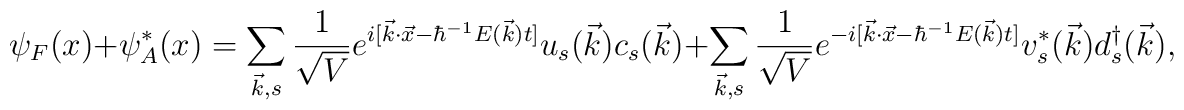
\psi_F(x)+ \psi^*_A(x)=\sum_{\vec k,s}\frac{1}{\sqrt{V}}	e^{i[\vec{k} \cdot \vec{x}-\hbar^{-1}E(\vec k)t]}	u_s{(\vec{k})} c_s(\vec k) + \sum_{\vec k,s}\frac{1}{\sqrt{V}}	e^{-i[\vec{k} \cdot \vec{x}-\hbar^{-1}E(\vec k)t]}	v^*_s{(\vec{k})} d^\dag_s(\vec k),